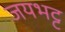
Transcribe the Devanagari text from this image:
जयभट्ट